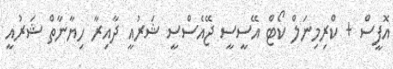
އޮފީސް + ކްރިމިނަލް ކޯޓް އޭސީސީ ޖޭއެސްސީ ޝަރުއީ ދާއިރާ ހިޔާނާތް ޝަރުއީ